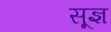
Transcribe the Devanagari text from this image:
सू़ज्ञ